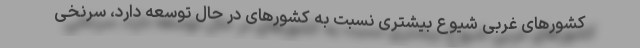
کشورهای غربی شیوع بیشتری نسبت به کشورهای در حال توسعه دارد، سرنخی